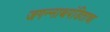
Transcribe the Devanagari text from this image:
जगन्‍नाथपंडिताचा